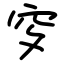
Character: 穸